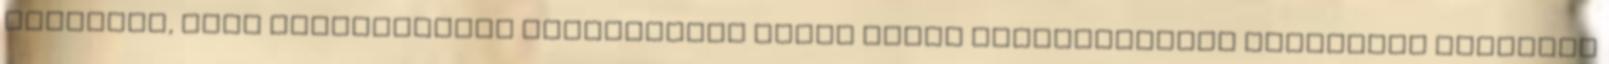
véletlen, vagy jogosulatlan mûködtetése ellen külön jogosultságot biztosító kapcsoló